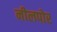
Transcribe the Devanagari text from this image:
नीलपोर